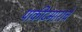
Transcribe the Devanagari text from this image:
पाकीटमाराचे